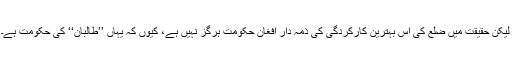
لیکن حقیقت میں ضلع کی اس بہترین کارکردگی کی ذمہ دار افغان حکومت ہرگز نہیں ہے، کیوں کہ یہاں ’’طالبان‘‘ کی حکومت ہے۔